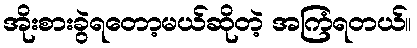
အိုးစားခွဲရတော့မယ်ဆိုတဲ့ အကြံရတယ်။